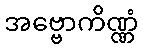
အဗ္ဗောကိဏ္ဏံ